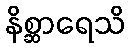
နိစ္ဆာရေသိ